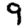
Digit: 9